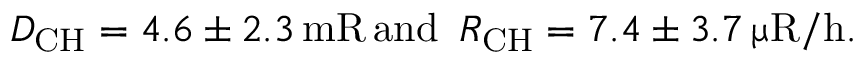
D _ { \mathrm { C H } } = 4 . 6 \pm 2 . 3 \, \mathrm { m R \, a n d ~ \, } R _ { \mathrm { C H } } = 7 . 4 \pm 3 . 7 \, \upmu \mathrm { R / h } .